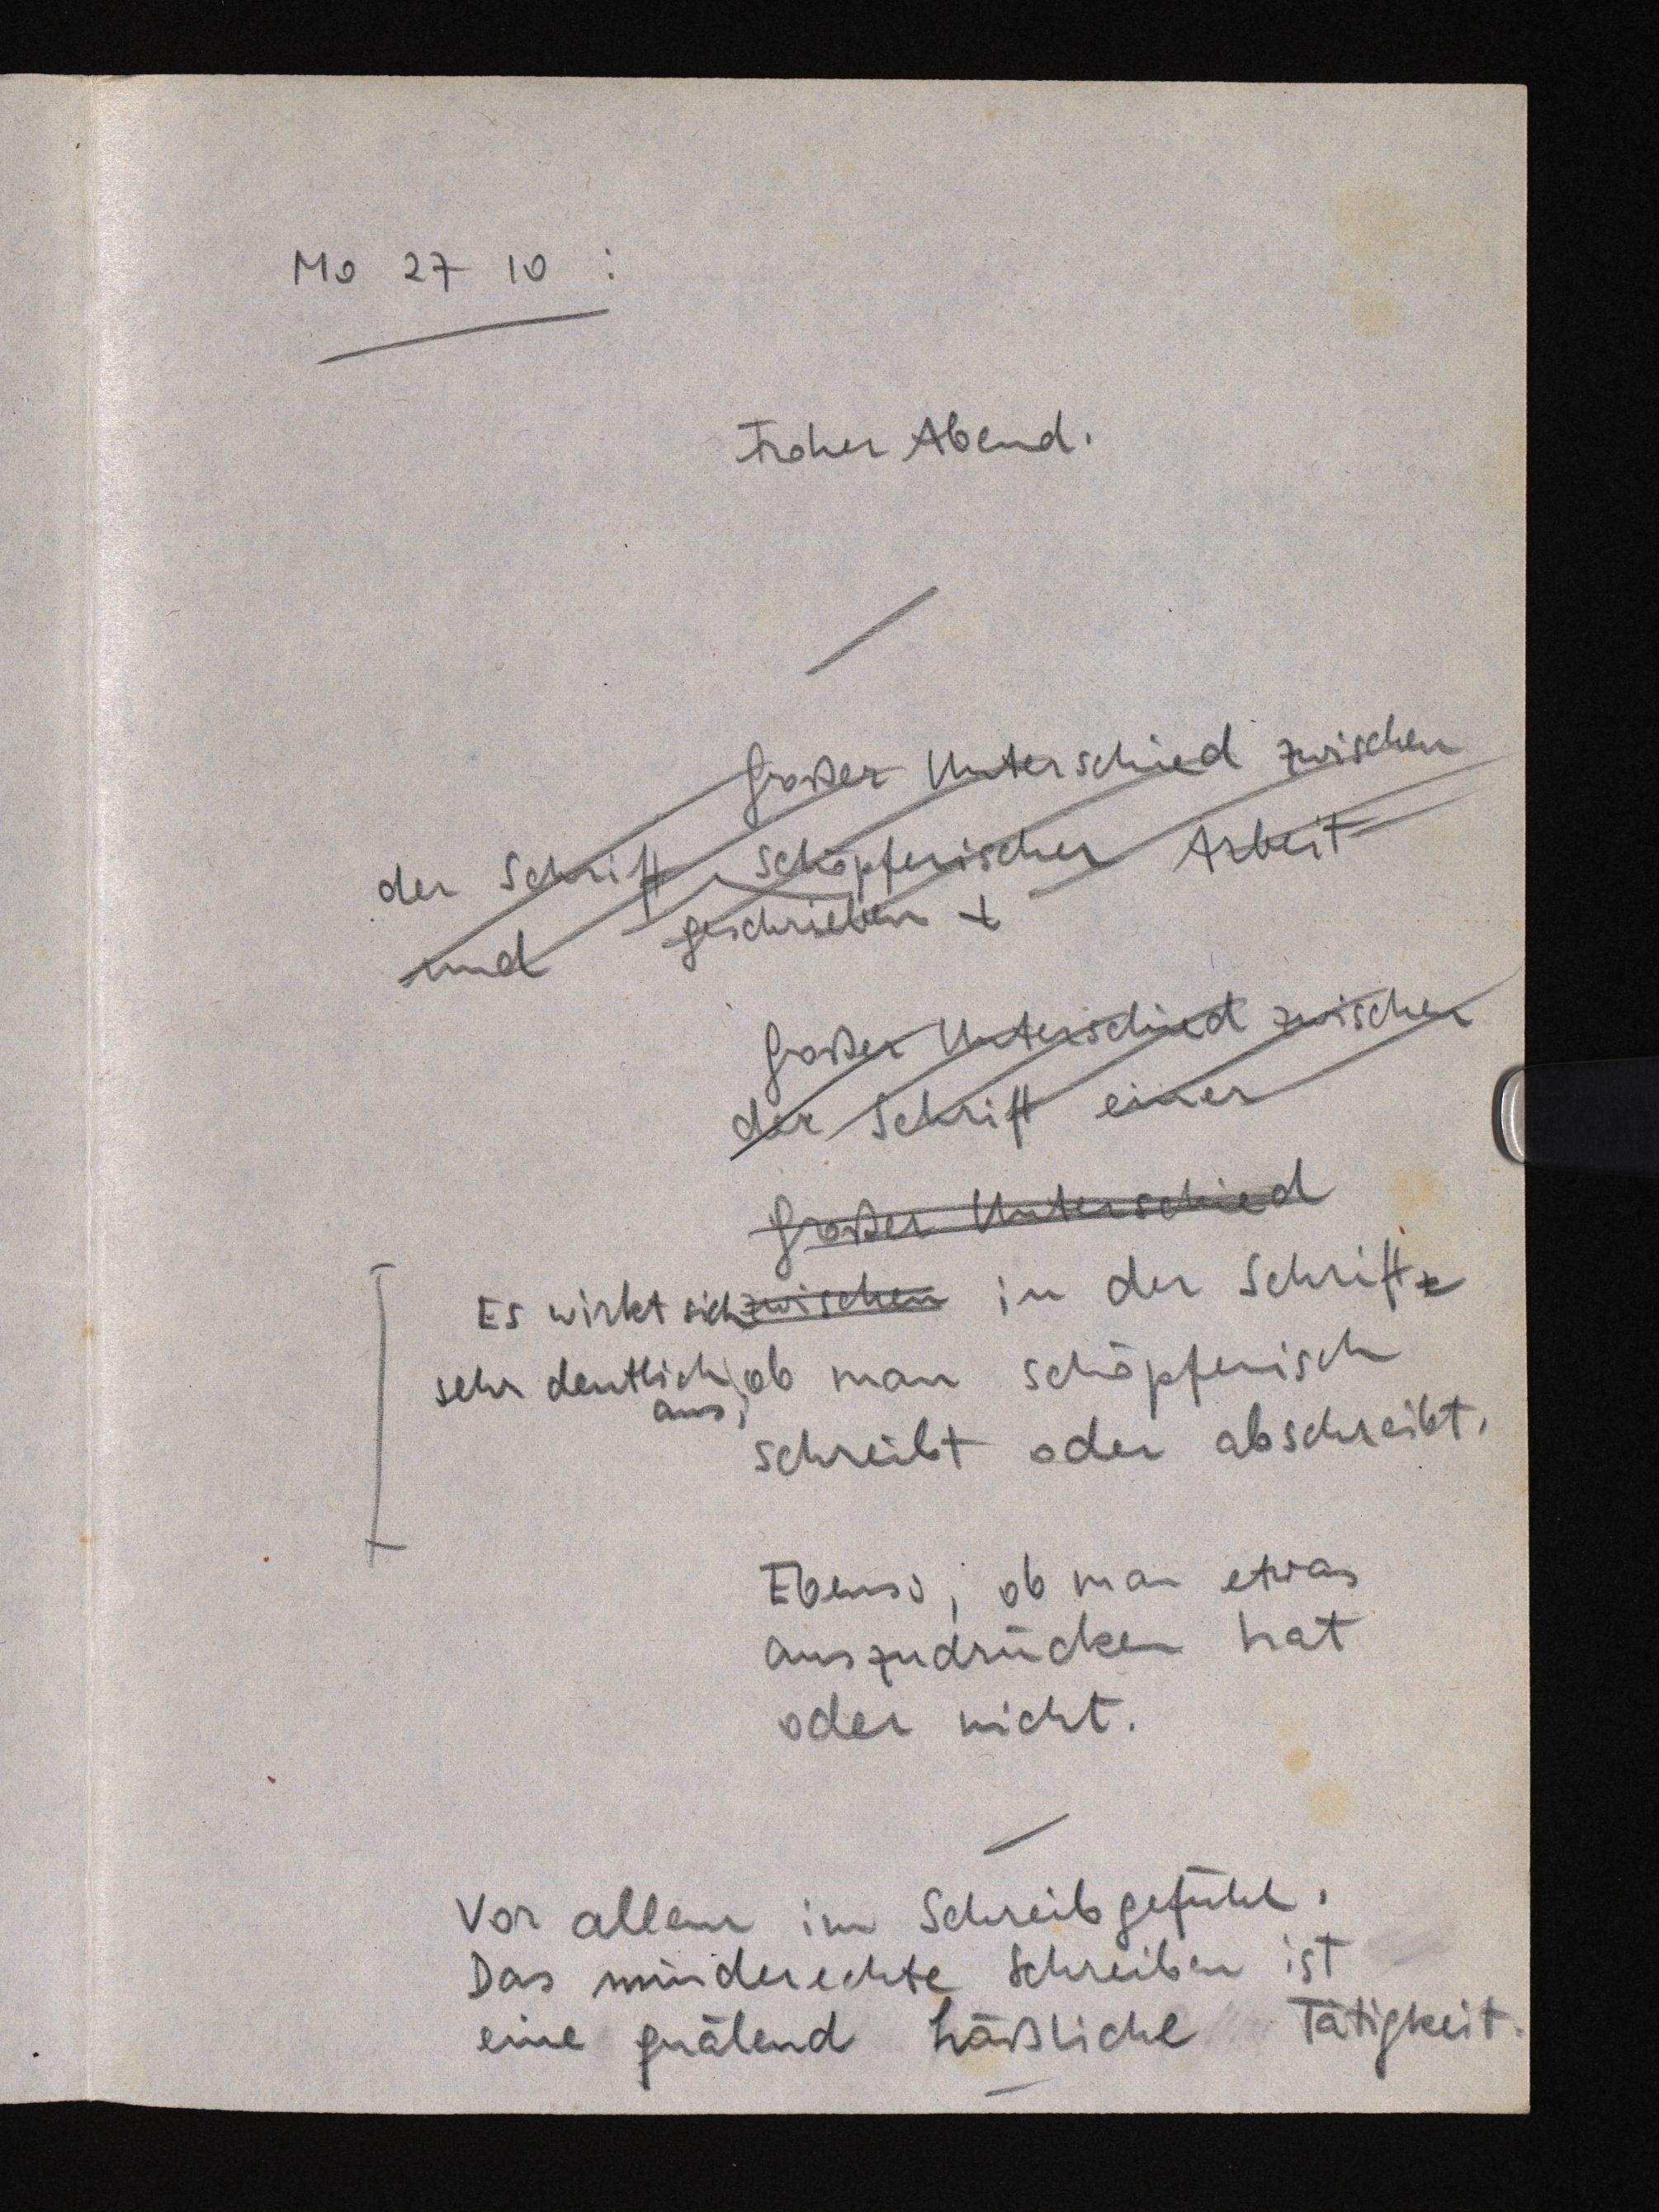
Mo 27 10:
Froher Abend.
Großer Unterschied zwischen
der Schrift schöpferischer Arbeit
und geschrieben
Großer Unterschied zwischen
der Schrift einer
Großer Unterschied
Es wirkt zwischen sich in der Schrift,
sehr deutlich, ob man schöpferisch
aus
schreibt oder abschreibt.
Ebenso, ob man etwas
auszudrücken hat
oder nicht.
Vor allem im Schreibgefühl.
Das minder echte Schreiben
ist eine quälend häßliche Tätigkeit.